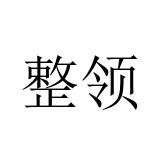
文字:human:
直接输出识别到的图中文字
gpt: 整领